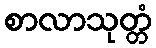
စာလာသုတ္တံ